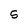
Character: S